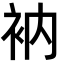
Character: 衲